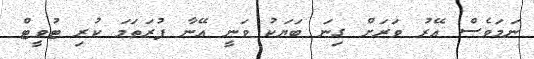
ނަމަވެސް އޭރު ވަރަށް ގިނަ ބަޔަކު ވަނީ އޭނާ ފުރަތަމަ ކުރި ޓުވީޓް